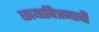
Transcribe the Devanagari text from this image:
छायाचित्रणाची